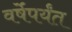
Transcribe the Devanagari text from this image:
वर्षेंपर्यंत